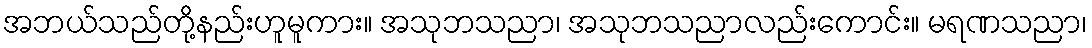
အဘယ်သည်တို့နည်းဟူမူကား။ အသုဘသညာ၊ အသုဘသညာလည်းကောင်း။ မရဏသညာ၊